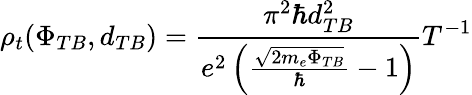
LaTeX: \rho_{t}(\Phi_{TB},d_{TB})=\frac{\pi^{2}\hbar d_{TB}^{2}}{e^{2}\left(\frac{\sqrt{2m_{e}\Phi_{TB}}}{\hbar}-1\right)}T^{-1}